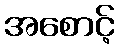
အစောင့်